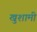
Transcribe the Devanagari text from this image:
खुशामी